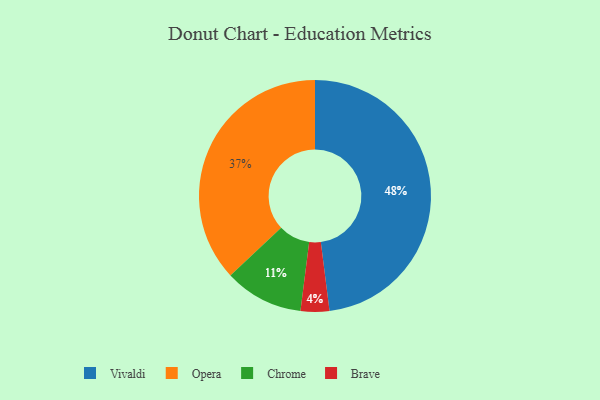
{"axis": {"x": "Category", "y": "Percentage"}, "legend": ["Brave", "Chrome", "Opera", "Vivaldi"], "data": [{"x": "Opera", "y": 37, "type": "Opera"}, {"x": "Chrome", "y": 11, "type": "Chrome"}, {"x": "Vivaldi", "y": 48, "type": "Vivaldi"}, {"x": "Brave", "y": 4, "type": "Brave"}]}